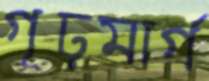
গূঢ়মার্গ